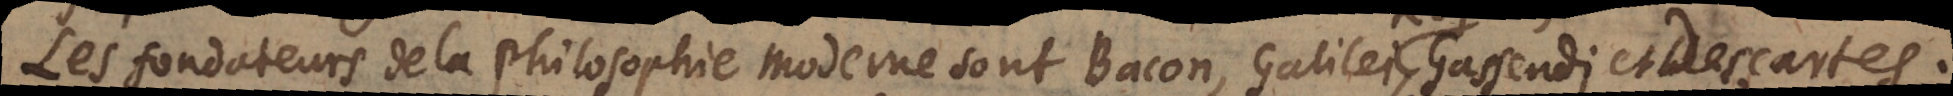
Les fondateurs de la philosophie moderne sont Bacon, Galilei, Gassendi et Descartes.